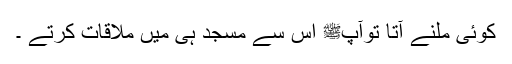
کوئی ملنے آتا توآپﷺ اس سے مسجد ہی میں ملاقات کرتے ۔